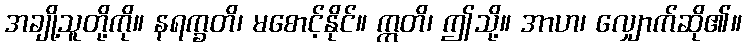
အချို့သူတို့ကို။ နရက္ခတိ၊ မစောင့်နိုင်။ ဣတိ၊ ဤသို့။ အာဟ၊ လျှောက်ဆို၏။